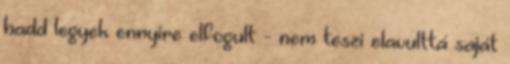
hadd legyek ennyire elfogult - nem teszi elavulttá saját